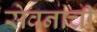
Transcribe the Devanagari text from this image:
सेवनाची